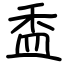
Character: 盉